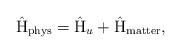
\begin{align*}\hat{\rm H}_{\rm phys} = \hat{\rm H}_u + \hat{\rm H}_{\rm matter},\end{align*}